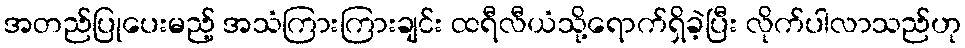
အတည်ပြုပေးမည့် အသံကြားကြားချင်း ထရီလီယံသို့ရောက်ရှိခဲ့ပြီး လိုက်ပါလာသည်ဟု